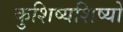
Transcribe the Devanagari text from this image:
कुशिष्यशिष्यो